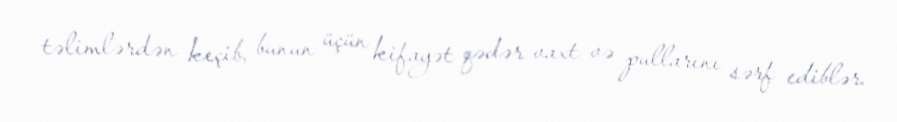
təlimlərdən keçib, bunun üçün kifayət qədər vaxt və pullarını sərf ediblər.